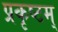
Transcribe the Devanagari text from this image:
प्रकृष्टम्